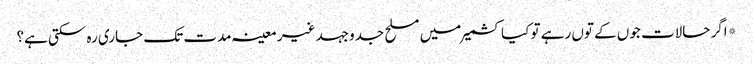
*اگر حالات جوں کے توں رہے تو کیا کشمیر میں مسلح جدوجہد غیر معینہ مدت تک جاری رہ سکتی ہے؟